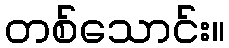
တစ်သောင်း။